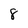
Character: 8